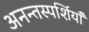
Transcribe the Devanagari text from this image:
अनन्तस्पर्शियाँ